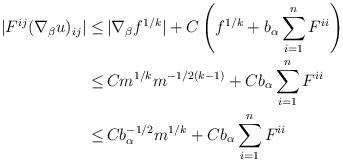
LaTeX: \begin{align*}\begin{aligned}|F^{ij} (\nabla_\beta u)_{ij}| \leq \,& |\nabla_\beta f^{1/k}| + C \left(f^{1/k} + b_\alpha \sum_{i=1}^n F^{ii}\right)\\ \leq \,& C m^{1/k} m^{-1/2(k-1)} + C b_\alpha \sum_{i=1}^n F^{ii}\\ \leq \,& C b_\alpha^{-1/2} m^{1/k} + C b_\alpha \sum_{i=1}^n F^{ii}\end{aligned}\end{align*}